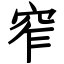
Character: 窄